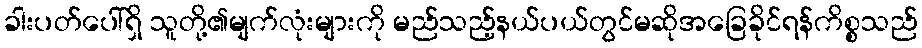
ခါးပတ်ပေါ်ရှိ သူတို့၏မျက်လုံးများကို မည်သည့်နယ်ပယ်တွင်မဆိုအခြေခိုင်ရန်ကိစ္စသည်